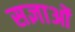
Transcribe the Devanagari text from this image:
सज्ञाओं